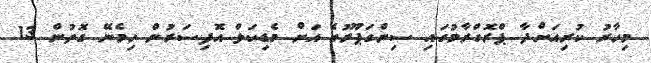
މިހާރު ކުރިއަށްދާ ޕްރޮގްރާމުގައި ސިންގަޕޫރުގެ އަށް މެޑިކަލް އޮފިސަރުން ހިމެނޭ ގޮތުން 13